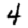
Digit: 4